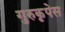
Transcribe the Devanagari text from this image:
गुरुकृपेस